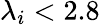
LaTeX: \lambda_{i}<2.8